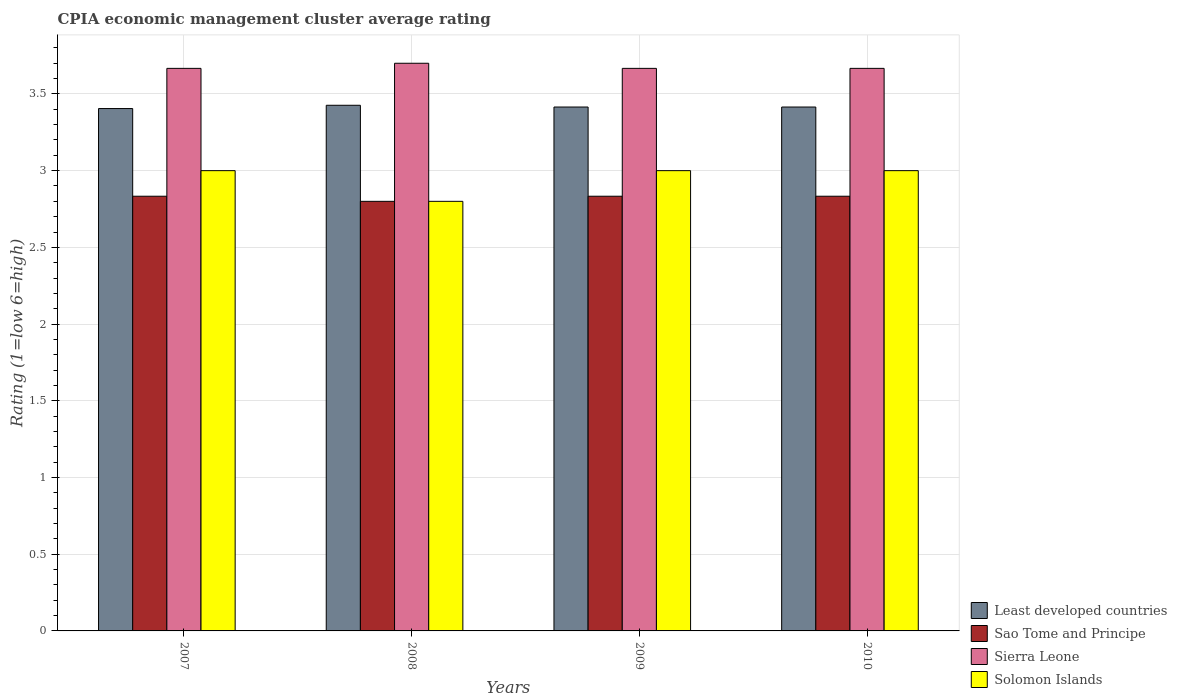
| Years | Least developed countries | Sao Tome and Principe | Sierra Leone | Solomon Islands |
 | --- | --- | --- | --- | --- |
 | 2007 | 3.4 | 2.83 | 3.67 | 3 |
 | 2008 | 3.43 | 2.8 | 3.7 | 2.8 |
 | 2009 | 3.41 | 2.83 | 3.67 | 3 |
 | 2010 | 3.41 | 2.83 | 3.67 | 3 |